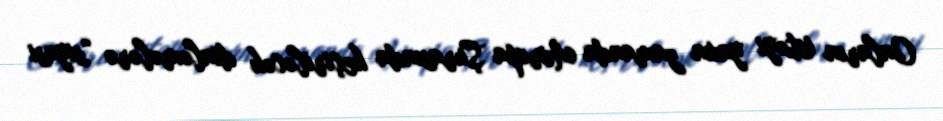
Onların istəyi yaxın zamanda Avropa Şurasında keçiriləcək dinləmələrə “siyasi